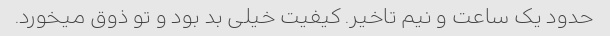
حدود یک ساعت و نیم تاخیر. کیفیت خیلی بد بود و تو ذوق میخورد.